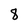
Character: 8